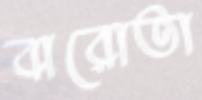
বারোতা